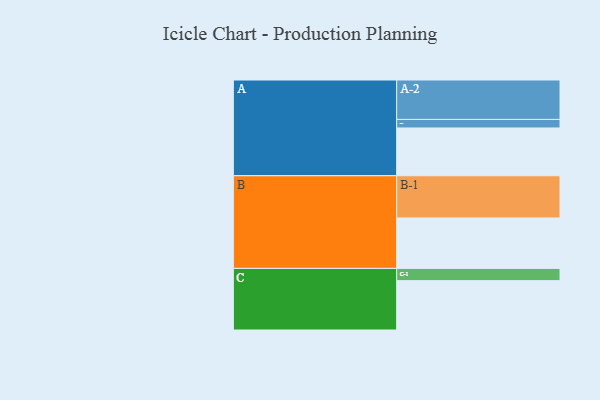
{"axis": {"x": "Segment", "y": "Value"}, "legend": ["", "A", "B", "C"], "data": [{"x": "A", "y": 308, "type": ""}, {"x": "B", "y": 325, "type": ""}, {"x": "C", "y": 318, "type": ""}, {"x": "A-1", "y": 55, "type": "A"}, {"x": "A-2", "y": 254, "type": "A"}, {"x": "B-1", "y": 272, "type": "B"}, {"x": "C-1", "y": 79, "type": "C"}]}